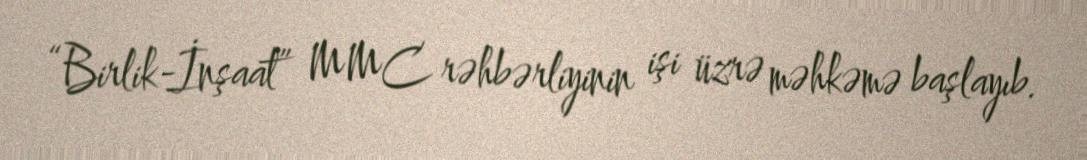
“Birlik-İnşaat” MMC rəhbərliyinin işi üzrə məhkəmə başlayıb.